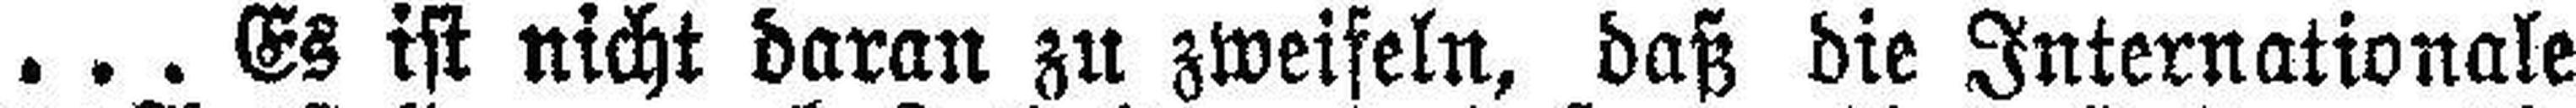
... Es ist nicht daran zu zweifeln, daß die Internationale